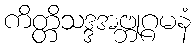
ကိတ္တိသဒ္ဒအဗ္ဘုဂ္ဂမနံ